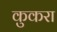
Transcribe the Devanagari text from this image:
कुकरा